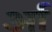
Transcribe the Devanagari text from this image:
र्आ